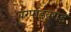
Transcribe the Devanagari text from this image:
वरपांडवगड